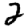
Digit: 2